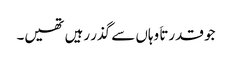
جو قدرتاَ وہاں سے گذر رہیں تھیں۔